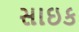
સાઇક